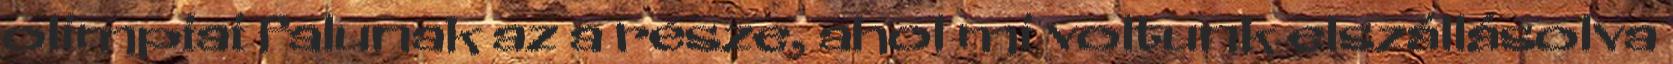
olimpiai falunak az a része, ahol mi voltunk elszállásolva